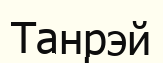
Танрэй